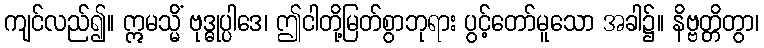
ကျင်လည်၍။ ဣမသ္မိံ ဗုဒ္ဓုပ္ပါဒေ၊ ဤငါတို့မြတ်စွာဘုရား ပွင့်တော်မူသော အခါ၌။ နိဗ္ဗတ္တိတွာ၊